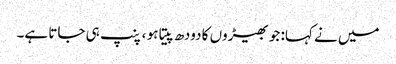
میں نے کہا: جو بھیڑوں کا دودھ پیتا ہو ، پنپ ہی جاتا ہے۔